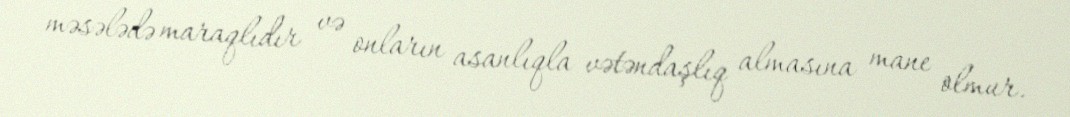
məsələdə maraqlıdır və onların asanlıqla vətəndaşlıq almasına mane olmur.